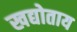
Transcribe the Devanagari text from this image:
खद्योताय